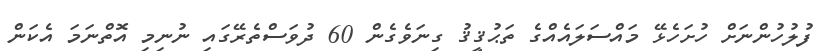
ފުލުހުންނަށް ހުށަހެޅޭ މައްސަލައެއްގެ ތަޙުޤީޤު ގިނަވެގެން 60 ދުވަސްތެރޭގައި ނުނިމި އޮތްނަމަ އެކަން